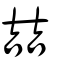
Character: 喆